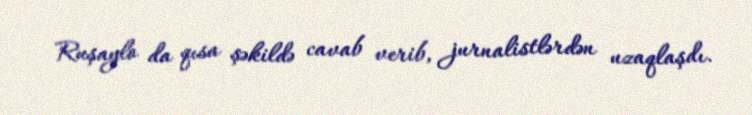
Ruşaylo da qısa şəkildə cavab verib, jurnalistlərdən uzaqlaşdı.